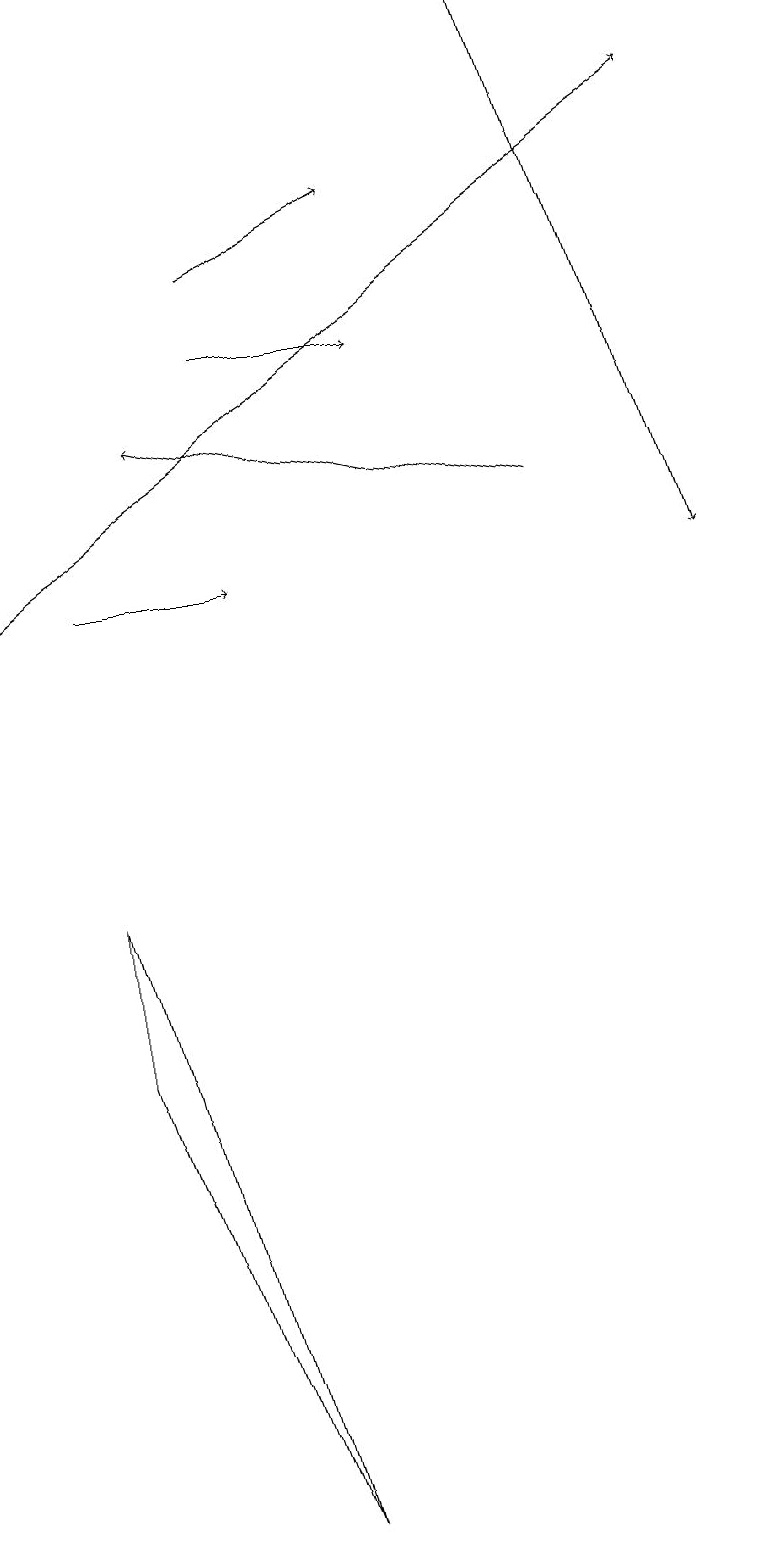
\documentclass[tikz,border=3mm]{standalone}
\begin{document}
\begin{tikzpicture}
\draw[->] (7,19) -- (9,12);
\draw[->] (3,15) -- (5,15);
\draw (3,0) -- (1,6) -- (1,8) -- cycle;
\draw[->] (3,16) -- (5,17);
\draw[->] (0,12) -- (9,18);
\draw[->] (1,12) -- (3,12);
\draw[->] (7,13) -- (2,14);
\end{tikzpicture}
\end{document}